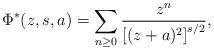
LaTeX: \begin{align*} \Phi^{\ast}(z, s, a) & = \sum_{n \geq 0} \frac{z^n}{\left[(z+a)^2\right]^{s/2}}, \end{align*}